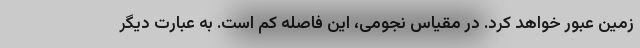
زمین عبور خواهد کرد. در مقیاس نجومی، این فاصله کم است. به عبارت دیگر